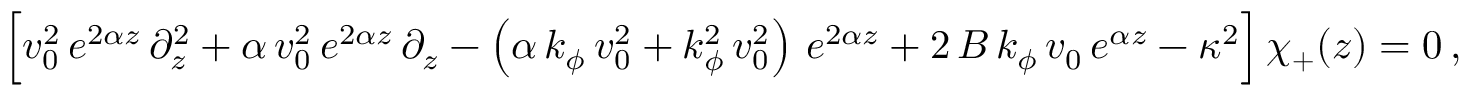
\Big [ v _ { 0 } ^ { 2 } \, e ^ { 2 \alpha z } \, \partial _ { z } ^ { 2 } + \alpha \, v _ { 0 } ^ { 2 } \, e ^ { 2 \alpha z } \, \partial _ { z } - \left( \alpha \, k _ { \phi } \, v _ { 0 } ^ { 2 } + k _ { \phi } ^ { 2 } \, v _ { 0 } ^ { 2 } \right) \, e ^ { 2 \alpha z } + 2 \, B \, k _ { \phi } \, v _ { 0 } \, e ^ { \alpha z } - \kappa ^ { 2 } \Big ] \, \chi _ { + } ( z ) = 0 \, ,